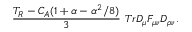
\frac { T _ { R } - C _ { A } ( 1 + \alpha - \alpha ^ { 2 } / 8 ) } { 3 } \ T r D _ { \mu } F _ { \mu \nu } D _ { \rho \nu } .